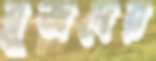
ব্লুজদের